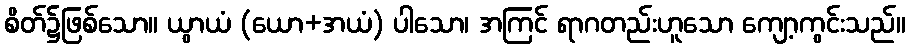
စိတ်၌ဖြစ်သော။ ယွာယံ (ယော+အယံ) ပါသော၊ အကြင် ရာဂတည်းဟူသော ကျော့ကွင်းသည်။